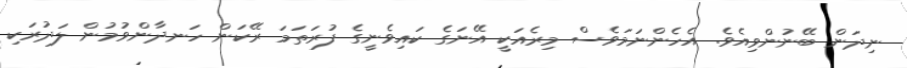
ނިދަން ބޭނުންވިއެވެ. އެހެންނަމަވެސް މިރެއަކީ އޭނަގެ ކައިވެނީގެ ފުރަތަމަ ރޭކަން ހަނދާންވުމުން ލަދުރަކި